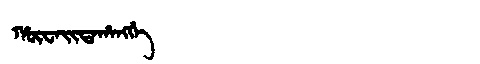
Manchu: ᡥᡡᠸᠠᡳᡨᠠᡥᠠᠩᡤᡝ
Romanization: HŪWAITAHANGGE